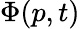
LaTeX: \Phi(p,t)